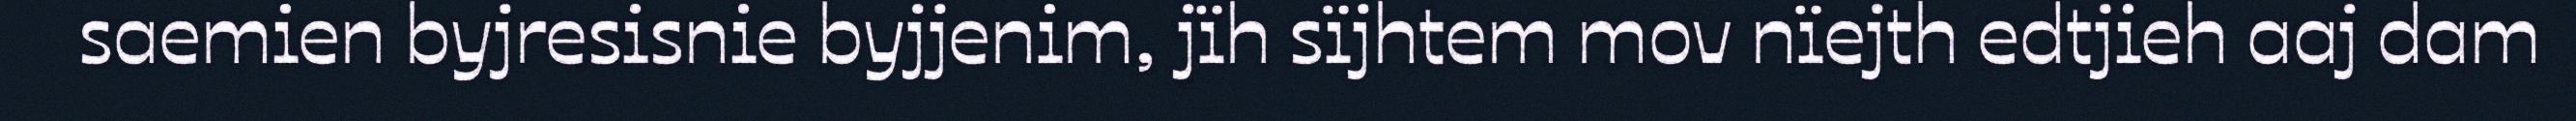
saemien byjresisnie byjjenim, jïh sïjhtem mov nïejth edtjieh aaj dam